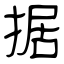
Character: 据